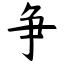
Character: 争